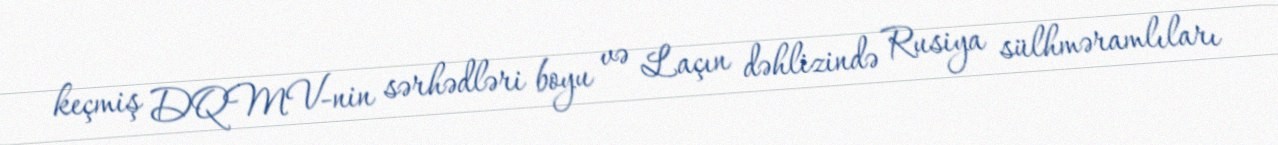
keçmiş DQMV-nin sərhədləri boyu və Laçın dəhlizində Rusiya sülhməramlıları